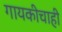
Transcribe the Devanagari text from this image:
गायकीचाही